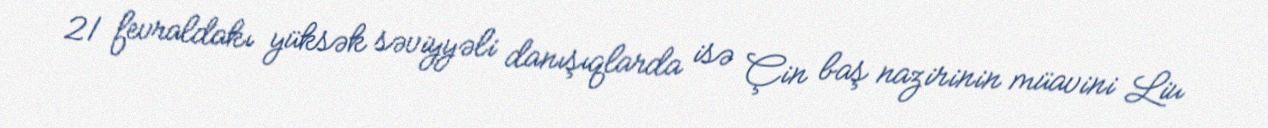
21 fevraldakı yüksək səviyyəli danışıqlarda isə Çin baş nazirinin müavini Liu